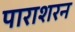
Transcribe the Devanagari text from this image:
पाराशरन